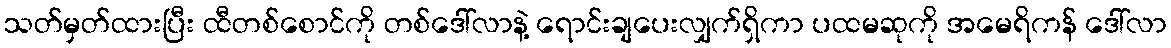
သတ်မှတ်ထားပြီး ထီတစ်စောင်ကို တစ်ဒေါ်လာနဲ့ ရောင်းချပေးလျှက်ရှိကာ ပထမဆုကို အမေရိကန် ဒေါ်လာ